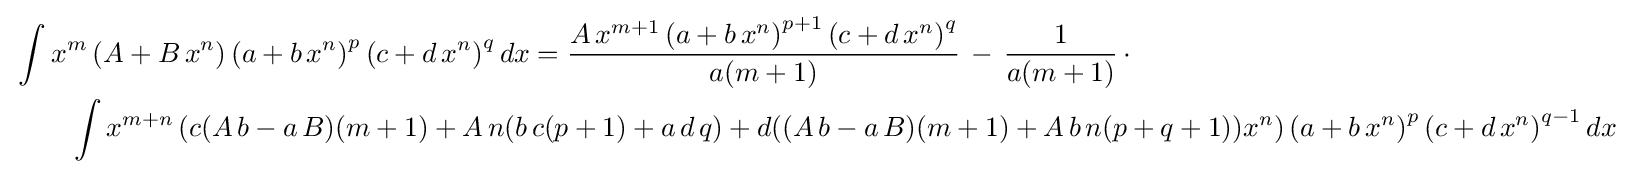
{\begin{aligned}&\int x^{m}\left(A+B\,x^{n}\right)\left(a+b\,x^{n}\right)^{p}\left(c+d\,x^{n}\right)^{q}dx={\frac {A\,x^{m+1}\left(a+b\,x^{n}\right)^{p+1}\left(c+d\,x^{n}\right)^{q}}{a(m+1)}}\,-\,{\frac {1}{a(m+1)}}\,\cdot \\&\qquad \int x^{m+n}\left(c(A\,b-a\,B)(m+1)+A\,n(b\,c(p+1)+a\,d\,q)+d((A\,b-a\,B)(m+1)+A\,b\,n(p+q+1))x^{n}\right)\left(a+b\,x^{n}\right)^{p}\left(c+d\,x^{n}\right)^{q-1}dx\end{aligned}}